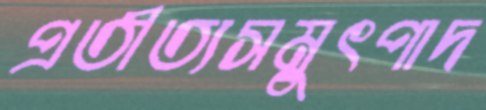
প্রতীত্যসমুৎপাদ